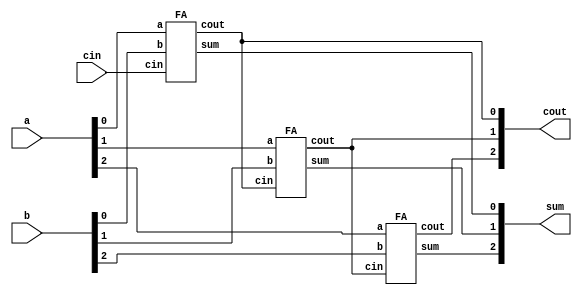
module top_module( 
    input [2:0] a, b,
    input cin,
    output [2:0] cout,
    output [2:0] sum );

    FA adder1(a[0],b[0],cin,cout[0],sum[0]);
    FA adder2(a[1],b[1],cout[0],cout[1],sum[1]);
    FA adder3(a[2],b[2],cout[1],cout[2],sum[2]);
    
endmodule

module FA( 
    input a, b, cin,
    output cout, sum );

    assign {cout, sum} = a + b + cin;
    
endmodule